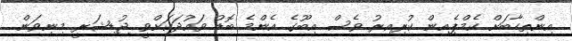
އިންތިހާބަށް ކެމްޕެއިން ކުރިއިރު ވެސް އިބޫގެ އެންމެ ބޮޑު ވައުދަކަށްވީ ޖުޑިޝަރީ މިނިވަން